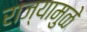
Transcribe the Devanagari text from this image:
राज्यामुळे